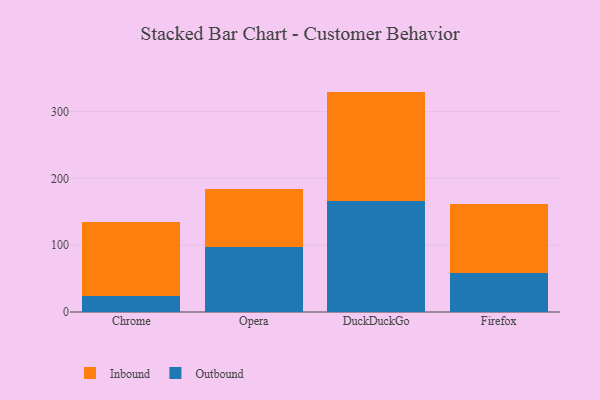
{"axis": {"x": "Browser", "y": "Demand Index"}, "legend": ["Inbound", "Outbound"], "data": [{"x": "Chrome", "y": 23.3, "type": "Outbound"}, {"x": "Chrome", "y": 111.2, "type": "Inbound"}, {"x": "Opera", "y": 98.0, "type": "Outbound"}, {"x": "Opera", "y": 86.6, "type": "Inbound"}, {"x": "DuckDuckGo", "y": 165.8, "type": "Outbound"}, {"x": "DuckDuckGo", "y": 164.1, "type": "Inbound"}, {"x": "Firefox", "y": 58.0, "type": "Outbound"}, {"x": "Firefox", "y": 103.7, "type": "Inbound"}]}